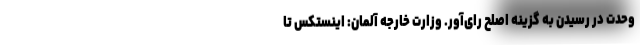
وحدت در رسیدن به گزینه اصلح رای‌آور. وزارت خارجه آلمان: اینستکس تا